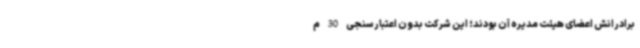
برادرانش اعضای هیئت مدیره آن بودند؛ این شرکت بدون اعتبارسنجی 30 م